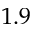
1 . 9